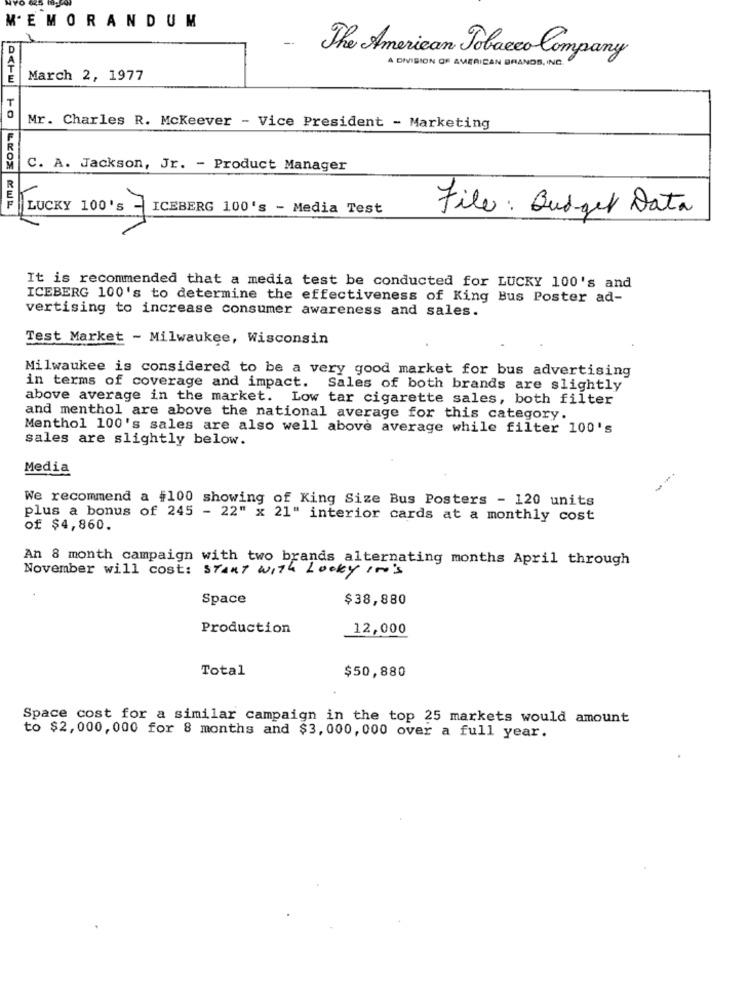
MEMORANDUM
The American Tobacco Company
A DIVISION OF AMERICAN BRANDS , INC.
March 2, 1977
Mr. Charles R. Mckeever - Vice President - Marketing
C. A. Jackson, Jr. - Product Manager
LUCKY 100's
ICEBERG 100's - Media Test
File : Budget Data
It is recommended that a media test be conducted for LUCKY 100's and
ICEBERG 100's to determine the effectiveness of King Bus Poster ad-
vertising to increase consumer awareness and sales.
Test Market - Milwaukee, Wisconsin
Milwaukee is considered to be a very good market for bus advertising
in terms of coverage and impact. Sales of both brands are slightly
above average in the market. Low tar cigarette sales, both filter
and menthol are above the national average for this category.
Menthol 100's sales are also well above average while filter 100's
sales are slightly below.
Media
We recommend a $100 showing of King Size Bus Posters - 120 units
plus a bonus of 245 - 22" x 21" interior cards at a monthly cost
of $4,860.
An 8 month campaign with two brands alternating months April through
November will cost: START WITH LOOKY 100'S
Space
$38,880
Production
12,000
Total
$50,880
Space cost for a similar campaign in the top 25 markets would amount
to $2,000, 000 for 8 months and $3,000, 000 over a full year.